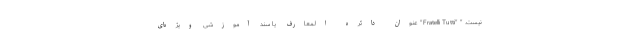
نیست. " "Fratelli Tutti" عنوان دائره المعارف یا سند آموزشی ویژه‌ای